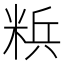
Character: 𮇡